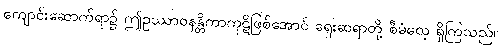
ကျောင်းဆောက်ရာ၌ ဤဥဿာဝနန္တိကာကုဋိဖြစ်အောင် ရှေးဆရာတို့ စီမံလေ့ ရှိကြသည်။